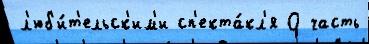
л'юб'и́т'ельск'им'и сп'екта́кл'я О часть